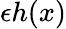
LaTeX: \epsilon h(x)